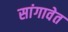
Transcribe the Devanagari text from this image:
सांगावेत